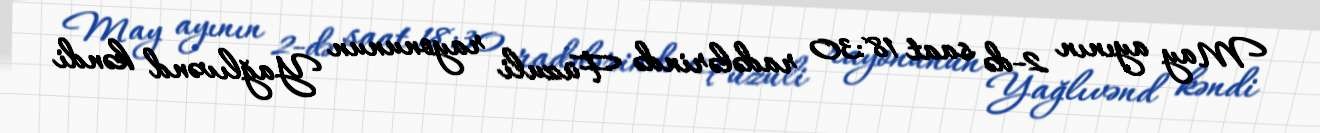
May ayının 2-də saat 18:30 radələrində Füzuli rayonunun Yağlıvənd kəndi